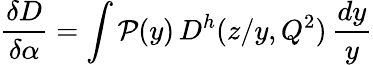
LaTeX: {\frac{\delta D}{\delta\alpha}}=\int{\cal P}(y)\, D^{h}(z/y,Q^{2})\, {\frac{dy}{y}}